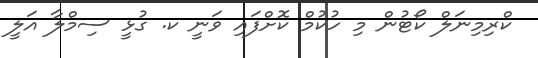
ކްރިމިނަލް ކޯޓުން މި ހުކުމް ކޮށްފައި ވަނީ ކ. ގުޅީ ސިމްލާ އަލީ